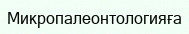
Микропалеонтологияға